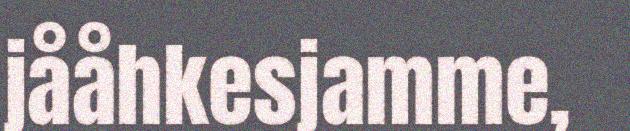
jååhkesjamme,